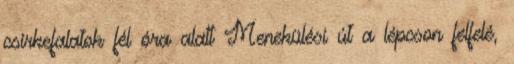
csirkefalatok fél óra alatt Menekülési út a lépcson felfelé,